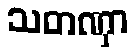
သတဏှာ